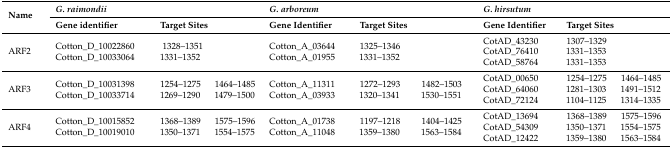
| <ROWSPAN=2> Name | <COLSPAN=3> G. raimondii | <COLSPAN=3> G. arboreum | <COLSPAN=3> G. hirsutum |
 | Gene identifier | <COLSPAN=2> Target Sites | Gene Identifier | <COLSPAN=2> Target Sites | Gene Identifier | <COLSPAN=2> Target Sites |
 | --- | --- | --- | --- | --- | --- | --- | --- | --- | --- |
 | ARF2 | Cotton_D_10022860Cotton_D_10033064 | 1328–13511331–1352 |  | Cotton_A_03644Cotton_A_01955 | 1325–13461331–1352 |  | CotAD_43230CotAD_76410CotAD_58764 | 1307–13291331–13531331–1353 |  |
 | ARF3 | Cotton_D_10031398Cotton_D_10033714 | 1254–12751269–1290 | 1464–14851479–1500 | Cotton_A_11311Cotton_A_03933 | 1272–12931320–1341 | 1482–15031530–1551 | CotAD_00650CotAD_64060CotAD_72124 | 1254–12751281–13031104–1125 | 1464–14851491–15121314–1335 |
 | ARF4 | Cotton_D_10015852Cotton_D_10019010 | 1368–13891350–1371 | 1575–15961554–1575 | Cotton_A_01738Cotton_A_11048 | 1197–12181359–1380 | 1404–14251563–1584 | CotAD_13694CotAD_54309CotAD_12422 | 1368–13891350–13711359–1380 | 1575–15961554–15751563–1584 |